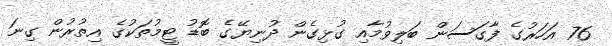
76 އަހަރުގެ ފާގަސަން ބަލިވުމާއި ގުޅިގެން ދުނިޔޭގެ ބޮޑު ޓީމުތަކުގެ އިތުރުން ގިނަ